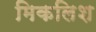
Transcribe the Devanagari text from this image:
मिकलिश